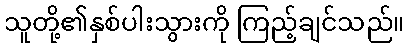
သူတို့၏နှစ်ပါးသွားကို ကြည့်ချင်သည်။